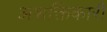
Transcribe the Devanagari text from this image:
अशक्तिकारी